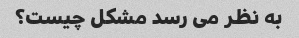
به نظر می رسد مشکل چیست؟